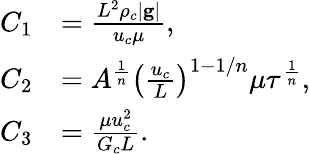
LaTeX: \begin{array}{rl}{C_{1}}&{=\frac{L^{2}\rho_{c}|\mathbf{g}|}{u_{c}\mu},}\\ {C_{2}}&{=A^{\frac{1}{n}}\left(\frac{u_{c}}{L}\right)^{1-1/n}\mu\tau^{\frac{1}{n}},}\\ {C_{3}}&{=\frac{\mu u_{c}^{2}}{G_{c}L}.}\end{array}